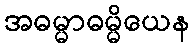
အဓမ္မာဓမ္မိယေန